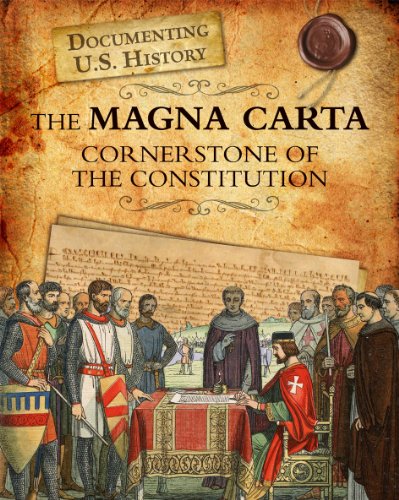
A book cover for The Magna Carta: Cornerstone of the Constitution (Documenting U.S. History); Roberta Baxter; Children's Books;